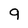
Character: 9